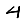
Digit: 4